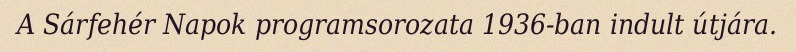
A Sárfehér Napok programsorozata 1936-ban indult útjára.